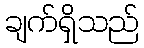
ချက်ရှိသည်